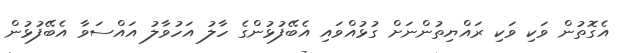
އެގޮތުން ވަކި ވަކި ރައްޔިތުންނަށް ގުޅުއްވައި އެބޭފުޅުންގެ ހާލު އަހުވާލު އައްސަވާ އެބޭފުޅުން